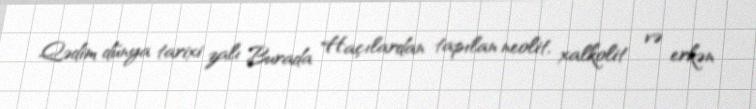
Qədim dünya tarixi zalı Burada Haçılardan tapılan neolit, xalkolit və erkən